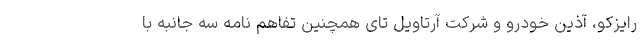
رایزکو، آذین خودرو و شرکت آرتاویل تای همچنین تفاهم نامه سه جانبه با